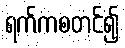
ရက်ကစတင်၍